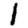
Digit: 1